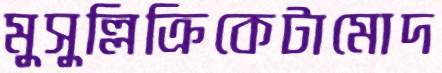
মুসুল্লিক্রিকেটামোদ